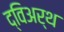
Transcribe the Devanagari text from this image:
द्विअर्थ